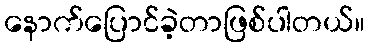
နောက်ပြောင်ခဲ့တာဖြစ်ပါတယ်။